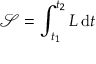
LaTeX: { \mathcal { S } } = \int _ { t _ { 1 } } ^ { t _ { 2 } } L \, \mathrm { d } t \,